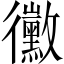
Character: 黴